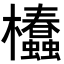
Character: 𣡢